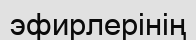
эфирлерінің